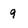
Character: 9